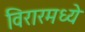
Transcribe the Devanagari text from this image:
विरारमध्ये